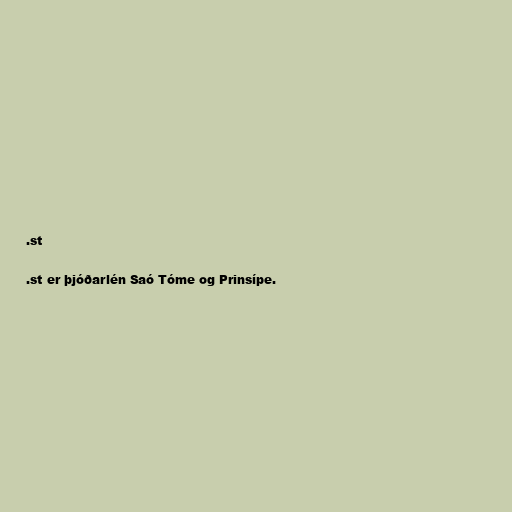
.st

.st er þjóðarlén Saó Tóme og Prinsípe.